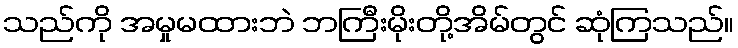
သည်ကို အမှုမထားဘဲ ဘကြီးမိုးတို့အိမ်တွင် ဆုံကြသည်။